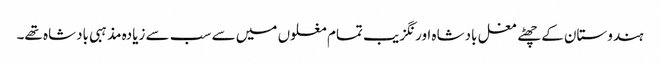
ہندوستان کے چھٹے مغل بادشاہ اورنگزیب تمام مغلوں میں سے سب سے زیادہ مذہبی بادشاہ تھے۔